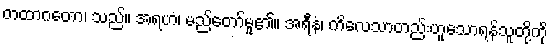
တထာဂတော၊ သည်။ အရဟံ၊ မည်တော်မူ၏။ အရီနံ၊ ကိလေသာတည်းဟူသောရန်သူတို့ကို